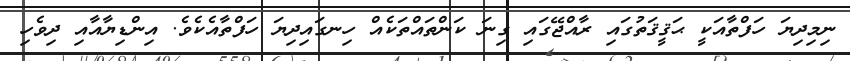
ނިމިދިޔަ ހަފްތާއަކީ ޙަޤީޤަތުގައި ރާއްޖޭގައި ގިނަ ކަންތައްތަކެއް ހިނގައިދިޔަ ހަފްތާއެކެވެ. އިންޑިޔާއާއި ދިވެހި